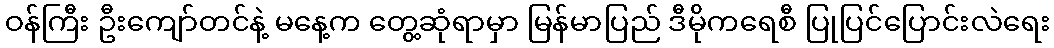
ဝန်ကြီး ဦးကျော်တင်နဲ့ မနေ့က တွေ့ဆုံရာမှာ မြန်မာပြည် ဒီမိုကရေစီ ပြုပြင်ပြောင်းလဲရေး